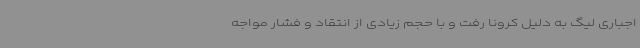
اجباری لیگ به دلیل کرونا رفت و با حجم زیادی از انتقاد و فشار مواجه